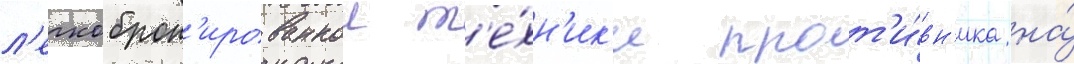
л'егкоброн'ированнои т'е́хн'ик'и прот'и́вн'ика на́